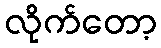
လိုက်တော့